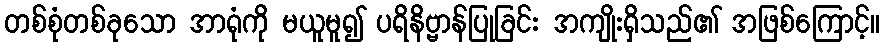
တစ်စုံတစ်ခုသော အာရုံကို မယူမူ၍ ပရိနိဗ္ဗာန်ပြုခြင်း အကျိုးရှိသည်၏ အဖြစ်ကြောင့်။